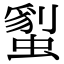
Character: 𧏇